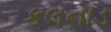
કલનાડ